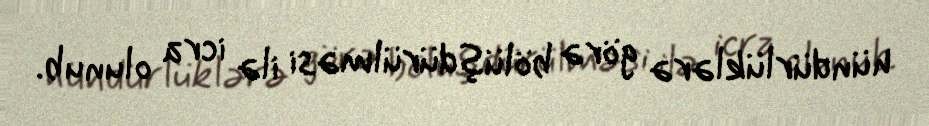
hündürlüklərə görə bölüşdürülməsi ilə icra olunub.